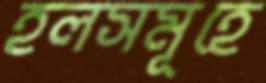
হলসমূহে